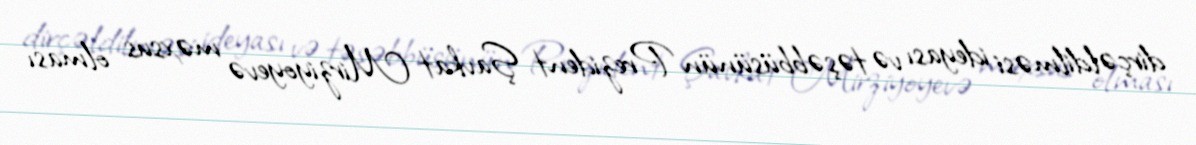
dirçəldilməsi ideyası və təşəbbüsünün Prezident Şavkat Mirziyoyevə məxsus olması